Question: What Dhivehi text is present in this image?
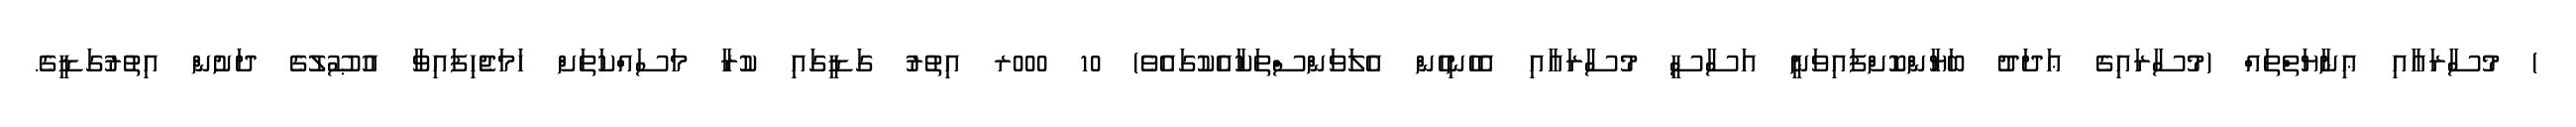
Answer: ) މުސާރައާއި ޢިނާޔަތްތައް (މުސާރައިގެ ޢަދަދު ބަޔާންކޮށްފައިވަނީ އަސާސީ މުސާރައާއި އެހެނިހެން އެލަވަންސްތަކާއެކުގައެވެ) 10 000ރ އިތުރު ގަޑީގައި ކުރާ މަސައްކަތަށް ހަމަޖެހިފައިވާ އުޞޫލުގެ ދަށުން އިތުރުގަޑީގެ.